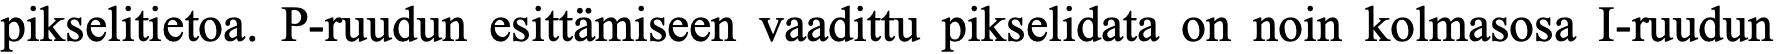
pikselitietoa. P-ruudun esittämiseen vaadittu pikselidata on noin kolmasosa I-ruudun